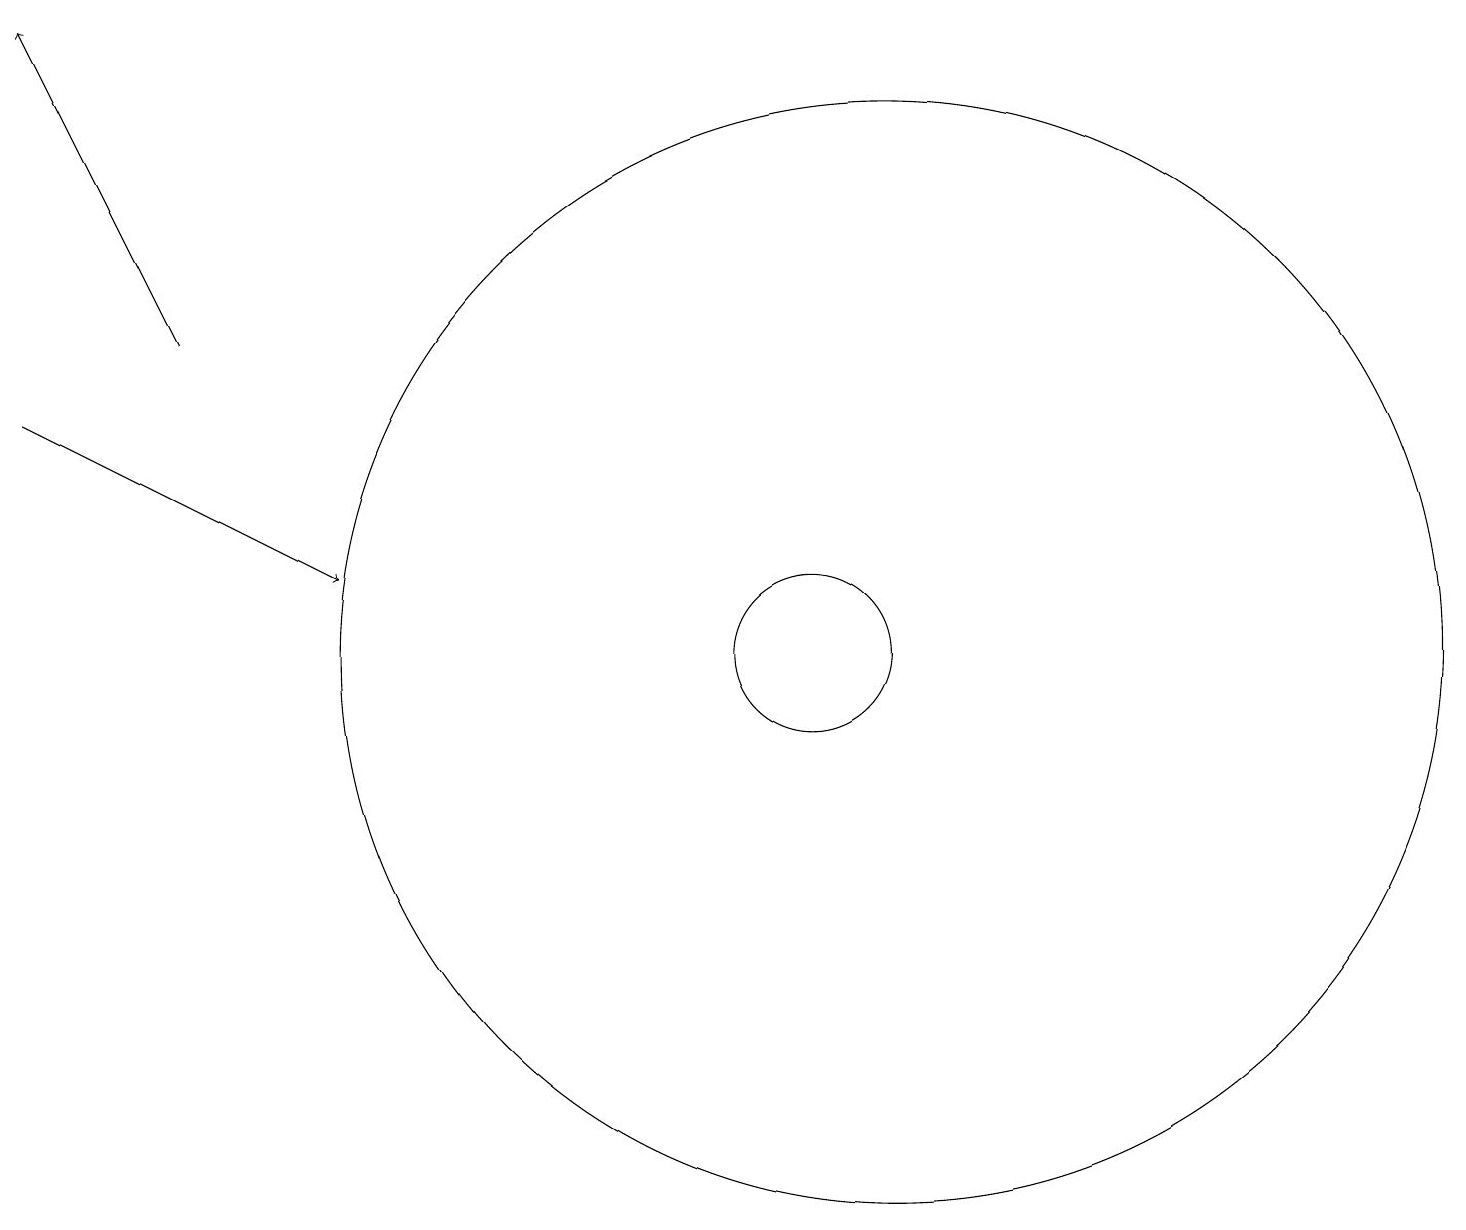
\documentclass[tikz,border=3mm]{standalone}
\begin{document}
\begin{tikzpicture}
\draw (12,11) circle (7);
\draw[->] (3,15) -- (1,19);
\draw (11,11) circle (1);
\draw[->] (1,14) -- (5,12);
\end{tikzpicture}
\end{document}